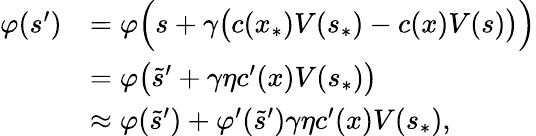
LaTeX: \begin{array}{rl}{\varphi(s^{\prime})}&{=\varphi\Bigl(s+\gamma\bigl(c(x_{\ast})V(s_{\ast})-c(x)V(s)\bigr)\Bigr)}\\ &{=\varphi\bigl(\tilde{s}^{\prime}+\gamma\eta c^{\prime}(x)V(s_{\ast})\bigr)}\\ &{\approx\varphi(\tilde{s}^{\prime})+\varphi^{\prime}(\tilde{s}^{\prime})\gamma\eta c^{\prime}(x)V(s_{\ast}),}\end{array}